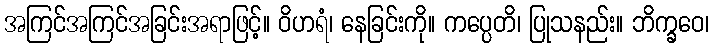
အကြင်အကြင်အခြင်းအရာဖြင့်။ ဝိဟရံ၊ နေခြင်းကို။ ကပ္ပေတိ၊ ပြုသနည်း။ ဘိက္ခဝေ၊